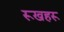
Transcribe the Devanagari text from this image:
रूखहरू